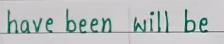
have been   will be